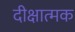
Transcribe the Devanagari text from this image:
दीक्षात्मक